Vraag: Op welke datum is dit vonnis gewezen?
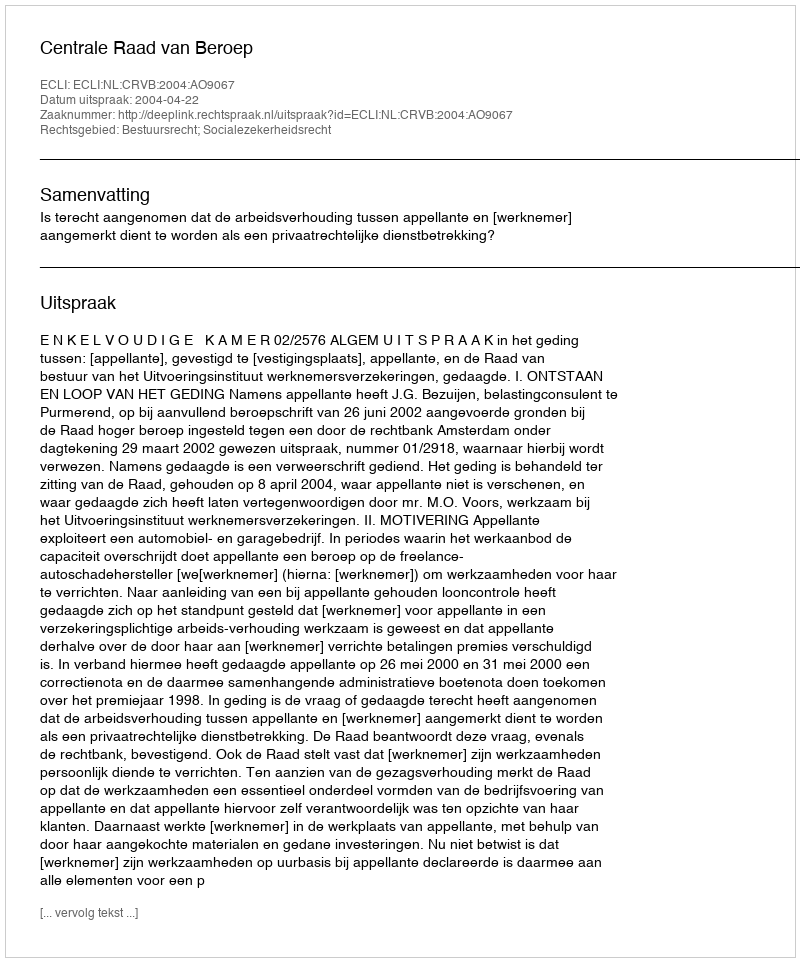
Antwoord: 2004-04-22